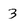
Character: 3